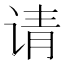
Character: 请